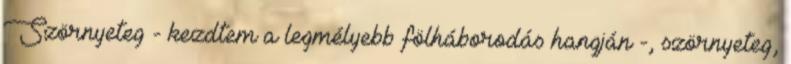
Szörnyeteg - kezdtem a legmélyebb fölháborodás hangján -, szörnyeteg,